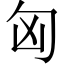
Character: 匈